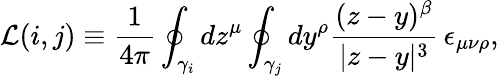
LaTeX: \mathcal{L}(i,j)\equiv\frac{1}{{4\pi}}\oint_{\gamma_{i}}dz^{\mu}\oint_{\gamma_{j}}dy^{\rho}\frac{{(z-y)^{\beta}}}{{|z-y|^{3}}}\, \epsilon_{\mu\nu\rho},